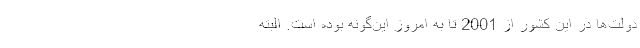
دولت‌ها در اين كشور از 2001 تا به امروز اين‌گونه بوده است. البته